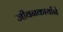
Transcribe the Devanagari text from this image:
जीवनकार्याने